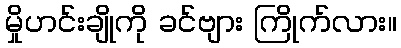
မှိုဟင်းချိုကို ခင်ဗျား ကြိုက်လား။